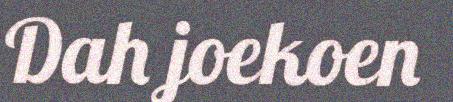
Dah joekoen